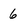
Character: 6